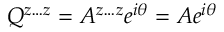
Q ^ { z \ldots z } = A ^ { z \ldots z } e ^ { i \theta } = A e ^ { i \theta }